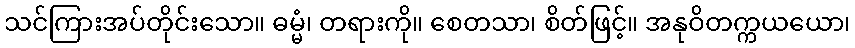
သင်ကြားအပ်တိုင်းသော။ ဓမ္မံ၊ တရားကို။ စေတသာ၊ စိတ်ဖြင့်။ အနုဝိတက္ကယယော၊